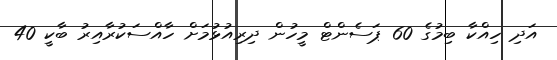
އަދި ހިއްކާ ބިމުގެ 60 ޕަސެންޓް މީހުން ދިރިއުޅުމަށް ހާއްސަކުރާއިރު ބާކީ 40